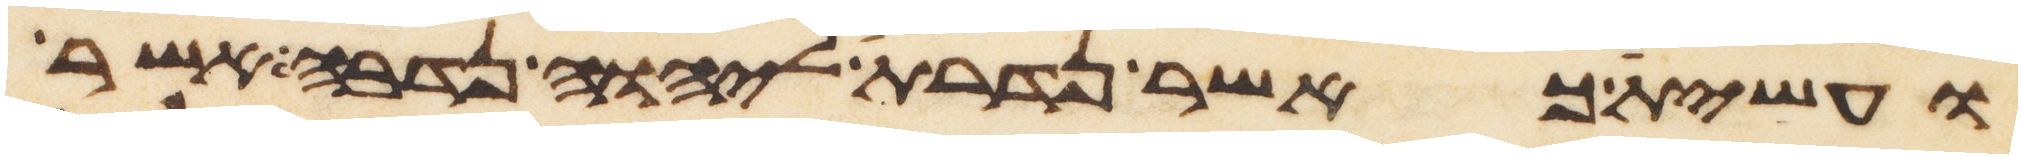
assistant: ועשית כאשר נדרת ליהוה נדבה אשר